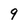
Character: g